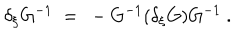
\delta _ { \xi } G ^ { - 1 } \ = \ - G ^ { - 1 } ( \delta _ { \xi } G ) G ^ { - 1 } \ .